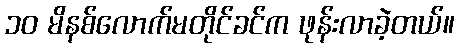
၁၀ မိနစ်လောက်မတိုင်ခင်က ဖုန်းလာခဲ့တယ်။